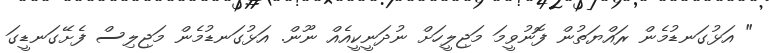
" އަޅުގަނޑުމެން ރައްޔަތުން ފޮނުވީމަ މަޖިލީހަށް ނުދަނީކީއެއް ނޫން. އަޅުގަނޑުމެން މަޖިލިސް ފެށޭގަނޑީގަ